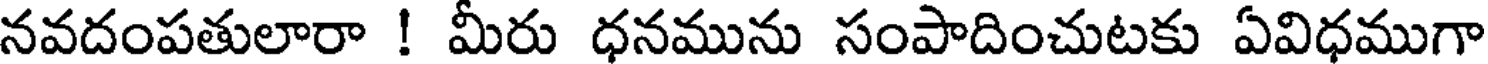
నవదంపతులారా ! మీరు ధనమును సంపాదించుటకు ఏవిధముగా